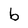
Character: b